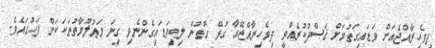
ދިވެހިރާއްޖެއަށް ވަޑައިގަތުމަށް ޤަޞްދުކުރެއްވީ ދިވެހިރާއްޖޭއާ ގުޅޭ ގޮތުން ލިބިވަޑައިގެންނެވި ގިނަ މަޢުލޫމާތުތަކަކަށް ފަހުގައެވެ.